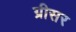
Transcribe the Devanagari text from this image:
ग्रीसर